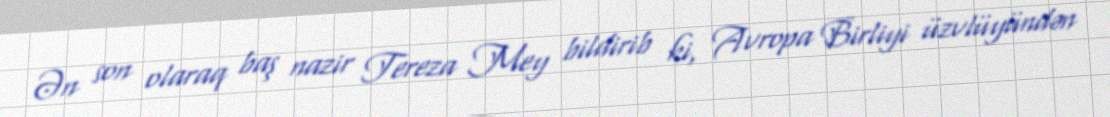
Ən son olaraq baş nazir Tereza Mey bildirib ki, Avropa Birliyi üzvlüyündən